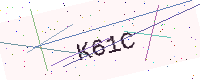
Text: K61C